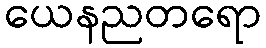
ယေနညတရော